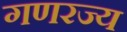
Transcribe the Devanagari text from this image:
गणरज्य